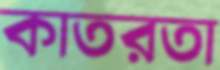
কাতরতা